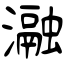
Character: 瀜